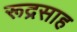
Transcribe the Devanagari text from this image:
रूद्रसाह